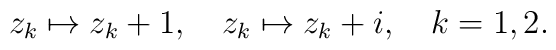
z_k\mapsto z_k+1,\quad z_k\mapsto z_k+i,\quad k=1,2.